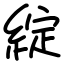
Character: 綻